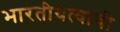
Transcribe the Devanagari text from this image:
भारतीयत्वाची